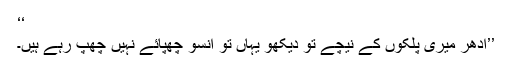
‘‘
’’ادھر میری پلکوں کے نیچے تو دیکھو یہاں تو آنسو چھپائے نہیں چھپ رہے ہیں۔